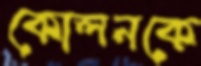
কোলনকে